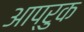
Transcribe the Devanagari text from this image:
आप्रुक